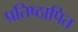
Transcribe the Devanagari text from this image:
प्रतिष्ठापित